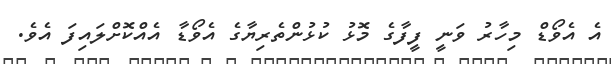
އެ އެވޯޑް މިހާރު ވަނީ ފީފާގެ މޮޅު ކުޅުންތެރިޔާގެ އެވޯޑާ އެއްކޮށްލައިފަ އެވެ.